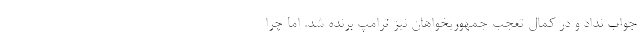
جواب نداد و در کمال تعجب جمهوریخواهان نیز ترامپ برنده شد. اما چرا